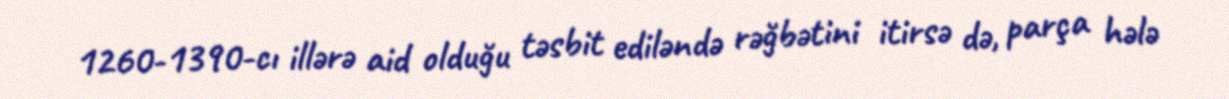
1260-1390-cı illərə aid olduğu təsbit ediləndə rəğbətini itirsə də, parça hələ